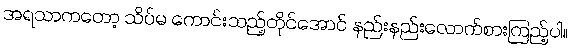
အရသာကတော့ သိပ်မ ကောင်းသည့်တိုင်အောင် နည်းနည်းလောက်စားကြည့်ပါ။